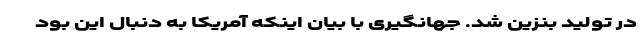
در تولید بنزین شد. جهانگیری با بیان اینکه آمریکا به دنبال این بود